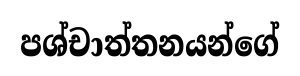
පශ්චාත්තනයන්ගේ